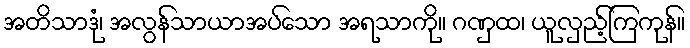
အတိသာဒုံ၊ အလွန်သာယာအပ်သော အရသာကို။ ဂဏှထ၊ ယူလှည့်ကြကုန်။